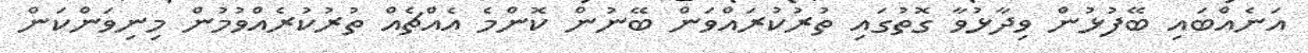
އަނެއްބައި ބޭފުޅުން ވިދާޅުވާ ގޮތުގައި ތުރުކުރައްވަން ބޭނުން ކޮންމެ އެއްޗެއް ތުރުކުރެއްވުމުން މިނިވަންކަން